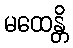
မထေန္တိ